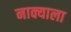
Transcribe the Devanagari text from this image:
नाक्याला